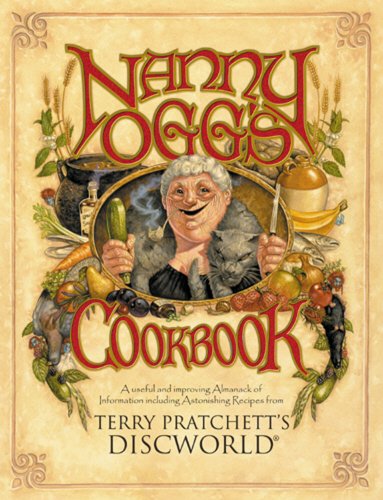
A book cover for Nanny Ogg's Cookbook: A Useful and Improving Almanack of Information Including Astonishing Recipes from Terry Pratchett's Discworld (Discworld Series); Terry Pratchett; Science Fiction & Fantasy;